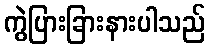
ကွဲပြားခြားနားပါသည်